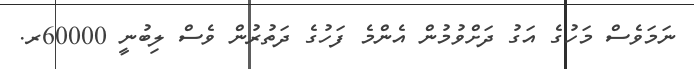
ނަމަވެސް މަހުގެ އަގު ދަށްވުމުން އެންމެ ފަހުގެ ދަތުރުން ވެސް ލިބުނީ 60000ރ.